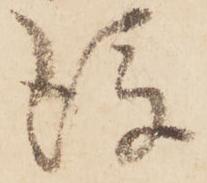
後